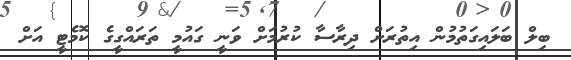
ބިލް ބަލައިގަތުމުން އިތުރަށް ދިރާސާ ކުރުމަށް ވަނީ ގައުމީ ތަރައްގީގެ ކޮމެޓީ އަށް